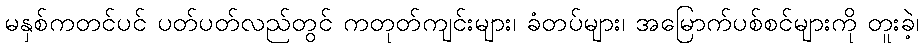
မနှစ်ကတင်ပင် ပတ်ပတ်လည်တွင် ကတုတ်ကျင်းများ၊ ခံတပ်များ၊ အမြောက်ပစ်စင်များကို တူးခဲ့၊